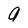
Character: a